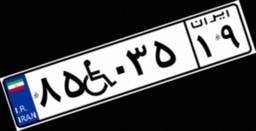
۸۵W۰۳۵۱۹